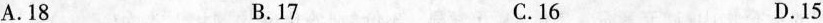
A.18 B.17 C.16 D.15